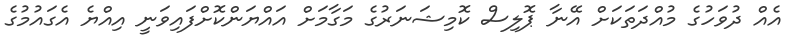
އެއް ދުވަހުގެ މުއްދަތަކަށް އޭނާ ޕޮލިސް ކޮމިޝަނަރުގެ މަގާމަށް އައްޔަންކޮށްފައިވަނީ އިއްޔެ އެގައުމުގެ